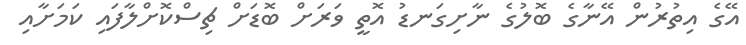
އޭގެ އިތުރުން އޭނާގެ ބޮލުގެ ނާށިގަނޑު އޮތީ ވަރަށް ބޮޑަށް ޗިސްކޮށްލާފައި ކަމަށާއި